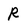
Character: r